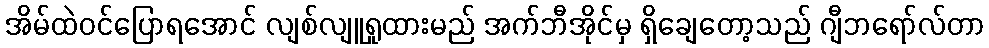
အိမ်ထဲဝင်ပြောရအောင် လျစ်လျူရှုထားမည် အက်ဘီအိုင်မှ ရှိချေတော့သည် ဂျီဘရော်လ်တာ